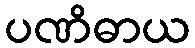
ပဏိဓာယ